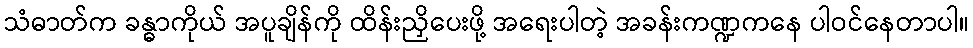
သံဓာတ်က ခန္ဓာကိုယ် အပူချိန်ကို ထိန်းညှိပေးဖို့ အရေးပါတဲ့ အခန်းကဏ္ဍကနေ ပါဝင်နေတာပါ။